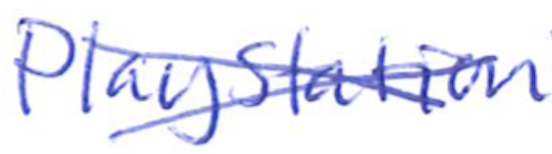
Text: PlayStation
Cross-out: mix
Writing tool: ballpoint